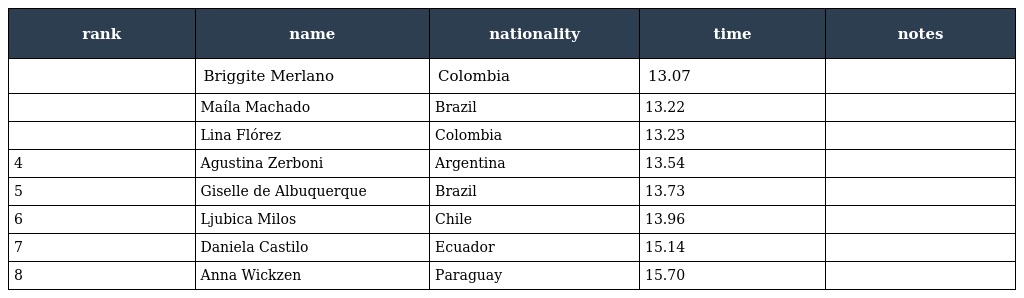
| rank | name | nationality | time | notes |
 | --- | --- | --- | --- | --- |
 |  | Briggite Merlano | Colombia | 13.07 |  |
 |  | Maíla Machado | Brazil | 13.22 |  |
 |  | Lina Flórez | Colombia | 13.23 |  |
 | 4 | Agustina Zerboni | Argentina | 13.54 |  |
 | 5 | Giselle de Albuquerque | Brazil | 13.73 |  |
 | 6 | Ljubica Milos | Chile | 13.96 |  |
 | 7 | Daniela Castilo | Ecuador | 15.14 |  |
 | 8 | Anna Wickzen | Paraguay | 15.70 |  |